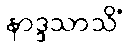
နာဒ္ဒသာသိံ